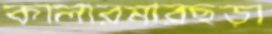
কালারমারছড়া